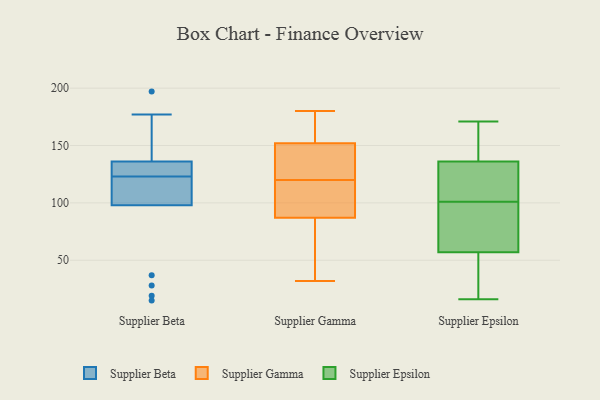
{"axis": {"x": "Churn Rate (%)", "y": "Value"}, "legend": ["Supplier Beta", "Supplier Epsilon", "Supplier Gamma"], "data": [{"x": "", "y": 135, "type": "Supplier Beta"}, {"x": "", "y": 98, "type": "Supplier Beta"}, {"x": "", "y": 144, "type": "Supplier Beta"}, {"x": "", "y": 129, "type": "Supplier Beta"}, {"x": "", "y": 119, "type": "Supplier Beta"}, {"x": "", "y": 149, "type": "Supplier Beta"}, {"x": "", "y": 100, "type": "Supplier Beta"}, {"x": "", "y": 177, "type": "Supplier Beta"}, {"x": "", "y": 115, "type": "Supplier Beta"}, {"x": "", "y": 100, "type": "Supplier Beta"}, {"x": "", "y": 136, "type": "Supplier Beta"}, {"x": "", "y": 197, "type": "Supplier Beta"}, {"x": "", "y": 28, "type": "Supplier Beta"}, {"x": "", "y": 131, "type": "Supplier Beta"}, {"x": "", "y": 19, "type": "Supplier Beta"}, {"x": "", "y": 37, "type": "Supplier Beta"}, {"x": "", "y": 15, "type": "Supplier Beta"}, {"x": "", "y": 127, "type": "Supplier Beta"}, {"x": "", "y": 40, "type": "Supplier Gamma"}, {"x": "", "y": 32, "type": "Supplier Gamma"}, {"x": "", "y": 120, "type": "Supplier Gamma"}, {"x": "", "y": 158, "type": "Supplier Gamma"}, {"x": "", "y": 108, "type": "Supplier Gamma"}, {"x": "", "y": 115, "type": "Supplier Gamma"}, {"x": "", "y": 180, "type": "Supplier Gamma"}, {"x": "", "y": 161, "type": "Supplier Gamma"}, {"x": "", "y": 122, "type": "Supplier Gamma"}, {"x": "", "y": 134, "type": "Supplier Gamma"}, {"x": "", "y": 80, "type": "Supplier Gamma"}, {"x": "", "y": 153, "type": "Supplier Epsilon"}, {"x": "", "y": 57, "type": "Supplier Epsilon"}, {"x": "", "y": 88, "type": "Supplier Epsilon"}, {"x": "", "y": 19, "type": "Supplier Epsilon"}, {"x": "", "y": 22, "type": "Supplier Epsilon"}, {"x": "", "y": 97, "type": "Supplier Epsilon"}, {"x": "", "y": 105, "type": "Supplier Epsilon"}, {"x": "", "y": 141, "type": "Supplier Epsilon"}, {"x": "", "y": 132, "type": "Supplier Epsilon"}, {"x": "", "y": 163, "type": "Supplier Epsilon"}, {"x": "", "y": 16, "type": "Supplier Epsilon"}, {"x": "", "y": 136, "type": "Supplier Epsilon"}, {"x": "", "y": 92, "type": "Supplier Epsilon"}, {"x": "", "y": 112, "type": "Supplier Epsilon"}, {"x": "", "y": 120, "type": "Supplier Epsilon"}, {"x": "", "y": 44, "type": "Supplier Epsilon"}, {"x": "", "y": 171, "type": "Supplier Epsilon"}, {"x": "", "y": 63, "type": "Supplier Epsilon"}]}